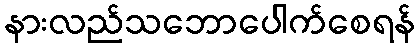
နားလည်သဘောပေါက်စေရန်